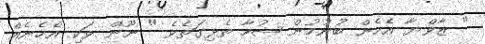
" ޒާވްޔާ އެހެން ބުނުމުން ޝުހާ ތެޅިގަތެވެ " ނޫން ވަކި އެހެނެއް